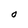
Character: O